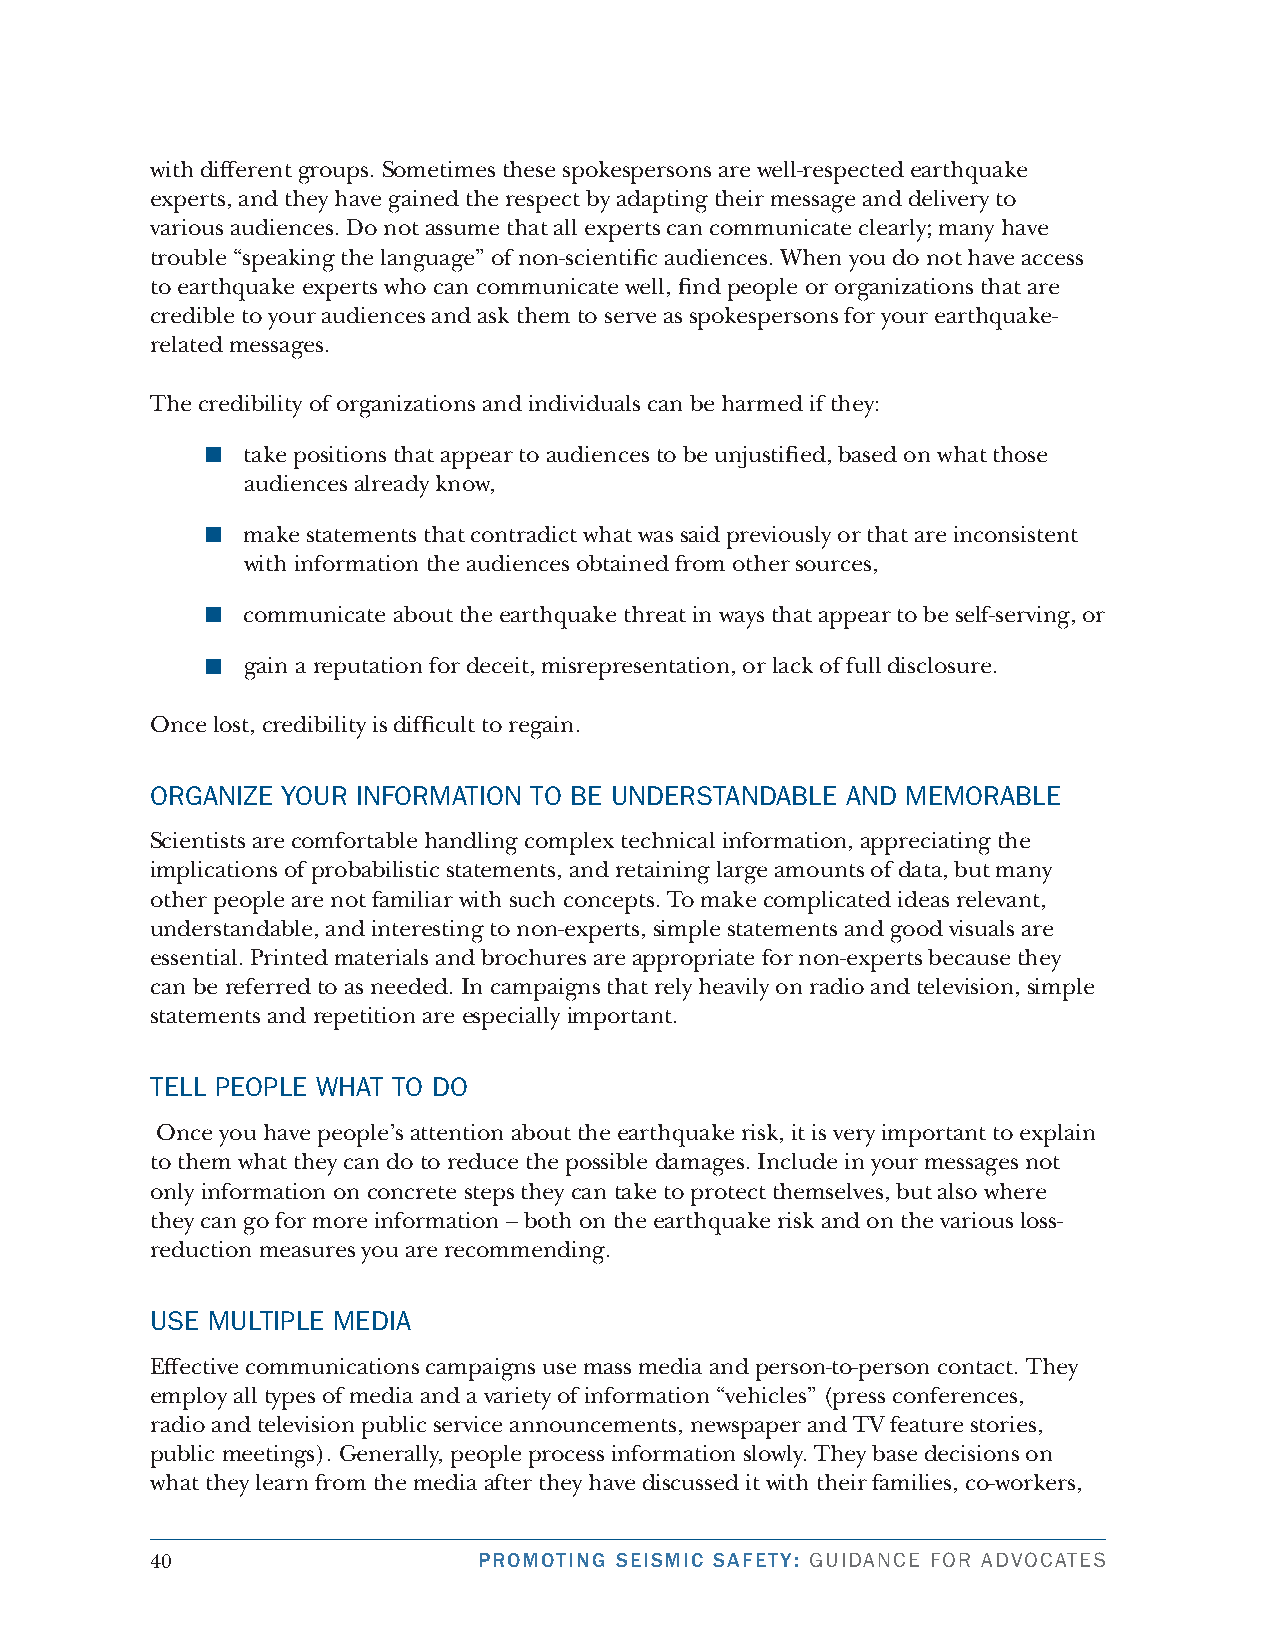
with different groups. Sometimes these spokespersons are well-respected earthquake
 experts, and they have gained the respect by adapting their message and delivery to
 various audiences. Do not assume that all experts can communicate clearly; many have
 trouble “speaking the language” of non-scientific audiences. When you do not have access
 to earthquake experts who can communicate well, find people or organizations that are
 credible to your audiences and ask them to serve as spokespersons for your earthquake-
 related messages.
 The credibility of organizations and individuals can be harmed if they:
 take positions that appear to audiences to be unjustified, based on what those
 audiences already know,
 make statements that contradict what was said previously or that are inconsistent
 with information the audiences obtained from other sources,
 communicate about the earthquake threat in ways that appear to be self-serving, or
 gain a reputation for deceit, misrepresentation, or lack of full disclosure.
 Once lost, credibility is difficult to regain.
 orGAnize Your inforMAtion to be understAndAbLe And MeMorAbLe
 Scientists are comfortable handling complex technical information, appreciating the
 implications of probabilistic statements, and retaining large amounts of data, but many
 other people are not familiar with such concepts. To make complicated ideas relevant,
 understandable, and interesting to non-experts, simple statements and good visuals are
 essential. Printed materials and brochures are appropriate for non-experts because they
 can be referred to as needed. In campaigns that rely heavily on radio and television, simple
 statements and repetition are especially important.
 teLL PeoPLe WHAt to do
 Once you have people’s attention about the earthquake risk, it is very important to explain
 to them what they can do to reduce the possible damages. Include in your messages not
 only information on concrete steps they can take to protect themselves, but also where
 they can go for more information – both on the earthquake risk and on the various loss-
 reduction measures you are recommending.
 use MuLtiPLe MediA
 Effective communications campaigns use mass media and person-to-person contact. They
 employ all types of media and a variety of information “vehicles” (press conferences,
 radio and television public service announcements, newspaper and TV feature stories,
 public meetings). Generally, people process information slowly. They base decisions on
 what they learn from the media after they have discussed it with their families, co-workers,
 40                    PROMOTING SEISMIC SAFETY: GuidAnce for AdvocAtes